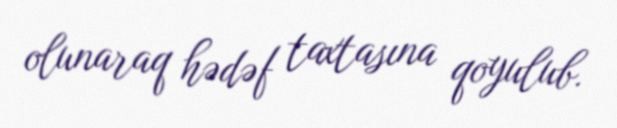
olunaraq hədəf taxtasına qoyulub.